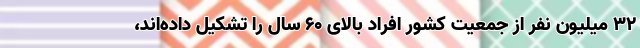
۳۲ میلیون نفر از جمعیت کشور افراد بالای ۶۰ سال را تشکیل داده‌اند،